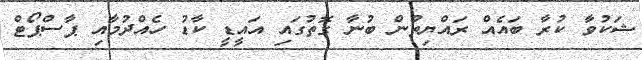
ޝަކުވާ ކުރާ ބައެއް ރައްޔިތުން ބުނާ ގޮތުގައި އައީޑީ ކާޑު ހެއްދުމާއި ޕާސްޕޯޓް